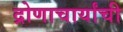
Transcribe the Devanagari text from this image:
द्रोणाचार्यांची